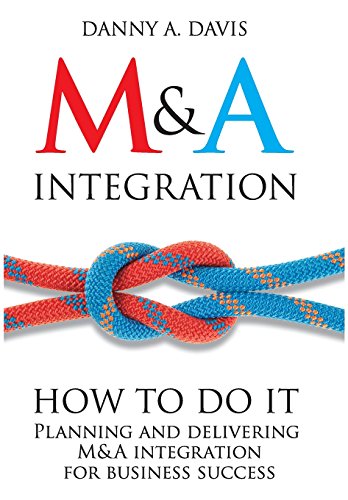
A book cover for M&A Integration: How To Do It. Planning and delivering M&A integration for business success; Danny A. Davis; Business & Money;